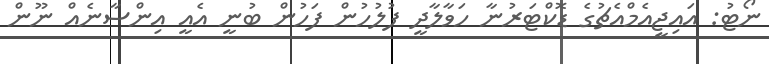
ނޯޓު: އައިޖީއެމްއެޗުގެ ޑޮކްޓަރުނާ ހަވާލާދީ ފުލުހުން ފަހުން ބުނީ އެއީ އިންސާނެއް ނޫން